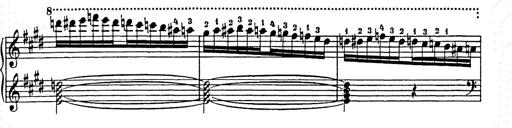
Title: Hungarian Rhapsody No.9
Composer: Franz Liszt
Key: E-flat major